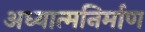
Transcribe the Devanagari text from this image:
अध्यात्मनिर्माण